Veterinary regulations India, 1935 -
Year: 1935
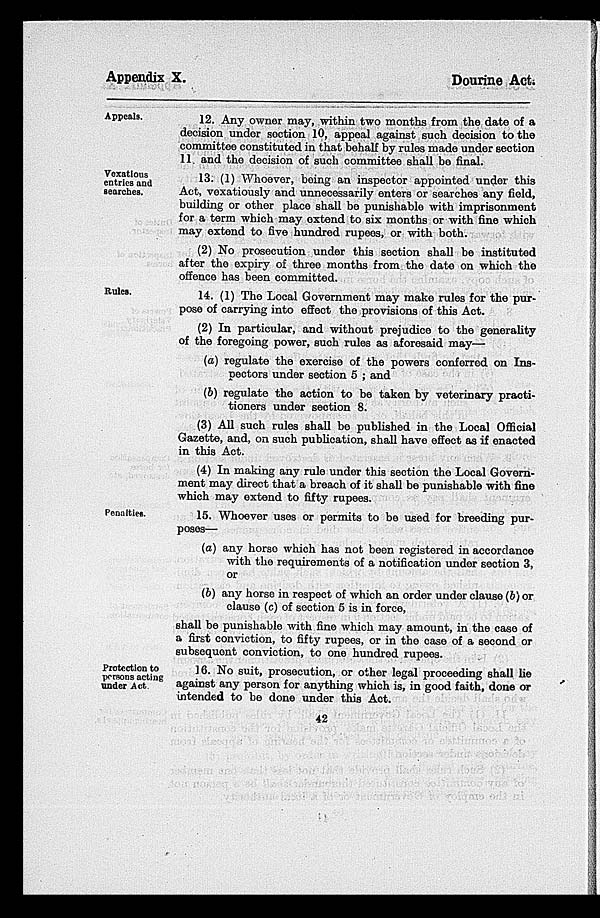
Appendix X.
Dourine Act.
Appeals.
12. Any owner may, within two months from the date of a
decision under section 10, appeal against such decision to the
committee constituted in that behalf by rules made under section
11. and the decision of such committee shall be final.
Vexatious
entries and
searches.
13. (1) Whoever, being an inspector appointed under this
Act, vexatiously and unnecessarily enters or searches any field,
building or other place shall be punishable with imprisonment
for a term which may extend to six months or with fine which
may extend to five hundred rupees, or with both.
(2) No prosecution under this section shall be instituted
after the expiry of three months from the date on which the
offence has been committed.
Rules.
14. (1) The Local Government may make rules for the pur-
pose of carrying into effect the provisions of this Act.
(2) In particular, and without prejudice to the generality
of the foregoing power, such rules as aforesaid may—
(a) regulate the exercise of the powers conferred on Ins-
pectors under section 5 ; and
(b) regulate the action to be taken by veterinary practi-
tioners under section 8.
(3) All such rules shall be published in the Local Official
Gazette, and, on such publication, shall have effect as if enacted
in this Act.
(4) In making any rule under this section the Local Govern-
ment may direct that a breach of it shall be punishable with fine
which may extend to fifty rupees.
Penalties.
15. Whoever uses or permits to be used for breeding pur-
poses—
(a) any horse which has not been registered in accordance
with the requirements of a notification under section 3,
or
(b) any horse in respect of which an order under clause (b) or
clause (c) of section 5 is in force,
shall be punishable with fine which may amount, in the case of
a first conviction, to fifty rupees, or in the case of a second or
subsequent conviction, to one hundred rupees.
Protection to
persons acting
under Act.
16. No suit, prosecution, or other legal proceeding shall lie
against any person for anything which is, in good faith, done or
intended to be done under this Act.
42